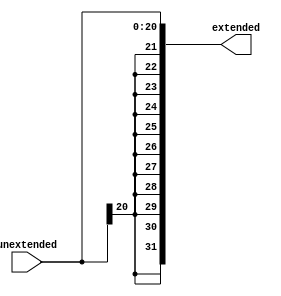
/* Author: Santosh Srivatsan	2017A8PS1924G */
/* SUB-MODULE : SIGN EXTENDER */

module sign_extender(
		input [20:0] unextended,
		output [31:0] extended
		);

	assign extended = { {11{unextended[20]}} , unextended};
endmodule

/*******************************************************************************************************************************************************************/

/* Testbench */

module tb_sign_extender;
	reg [20:0] tb_unextended;
	wire [31:0] tb_extended;
	
	/* Instantiating the sign extender module */
	sign_extender SE(.unextended(tb_unextended), .extended(tb_extended));

	initial #100 $finish;

	initial
	begin
		tb_unextended = 21'b1_0000_1011_0110_1000_0100;
		#10 tb_unextended = 21'b0_1110_1001_0010_0001_1100;
	end
endmodule

/*******************************************************************************************************************************************************************/